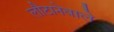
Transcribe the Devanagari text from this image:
लौटानेवाले